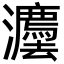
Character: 灋